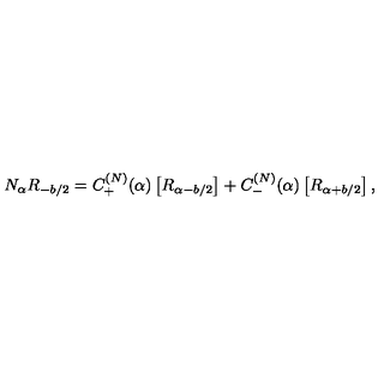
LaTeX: N _ { \alpha } R _ { - b / 2 } = C _ { + } ^ { ( N ) } ( \alpha ) \left[ R _ { \alpha - b / 2 } \right] + C _ { - } ^ { ( N ) } ( \alpha ) \left[ R _ { \alpha + b / 2 } \right] ,